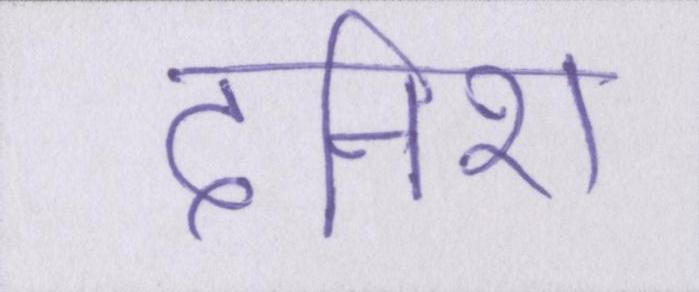
दनिश